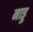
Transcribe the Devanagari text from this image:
नाड्ड